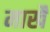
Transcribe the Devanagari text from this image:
माखै